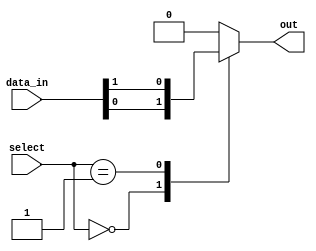
module multiplexer_1024to1 (
    input [1023:0] data_in,
    input [9:0] select,
    output reg out
);

always @(*) begin
    case(select)
        10'h000: out = data_in[0];
        10'h001: out = data_in[1];
        // Add similar cases for the rest of the inputs
        // up to 10'h3ff
        default: out = 1'b0; // Default case if select is out of range
    endcase
end

endmodule